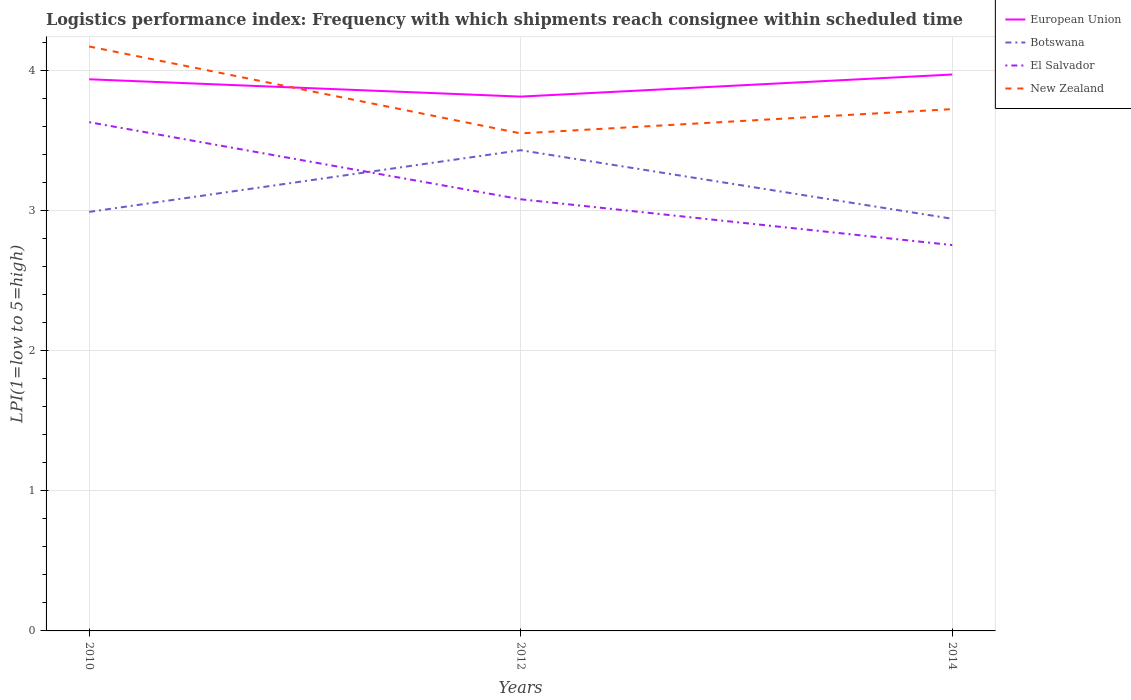
| Years | European Union | Botswana | El Salvador | New Zealand |
 | --- | --- | --- | --- | --- |
 | 2010 | 3.94 | 2.99 | 3.63 | 4.17 |
 | 2012 | 3.81 | 3.43 | 3.08 | 3.55 |
 | 2014 | 3.97 | 2.94 | 2.75 | 3.72 |